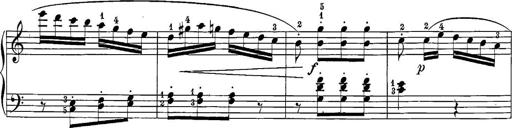
Title: 12 Sonatine per Pianoforte
Composer: Friedrich Kuhlau